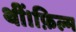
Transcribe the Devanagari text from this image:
थीं।फ़िल्म